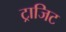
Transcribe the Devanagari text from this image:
ट्राजिट